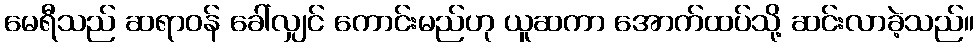
မေရီသည် ဆရာဝန် ခေါ်လျှင် ကောင်းမည်ဟု ယူဆကာ အောက်ထပ်သို့ ဆင်းလာခဲ့သည်။